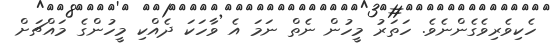
ހެކިވެރިވެގެންނެވެ. ހަތަރު މީހުން ނެތް ނަމަ އެ ވާހަކަ ދެއްކި މީހުންގެ މައްޗަށް